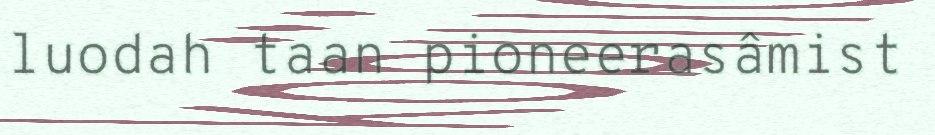
luodah taan pioneerasâmist